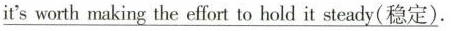
\underline{it'sworth making the effort to hold it steady(稳定)}.